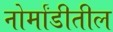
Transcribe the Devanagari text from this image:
नोर्मांडीतील